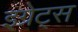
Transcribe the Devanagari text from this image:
इग्रेट्स